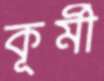
কূর্মী